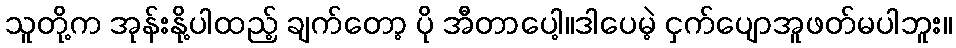
သူတို့က အုန်းနို့ပါထည့် ချက်တော့ ပို အီတာပေါ့။ဒါပေမဲ့ ငှက်ပျောအူဖတ်မပါဘူး။